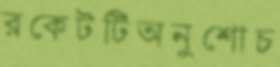
রকেটটিঅনুশোচ